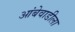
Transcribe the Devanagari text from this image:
आंबेवाडीला